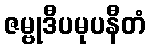
ဇမ္ဗုဒီပမုပနီတံ